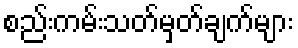
စည်းကမ်းသတ်မှတ်ချက်များ